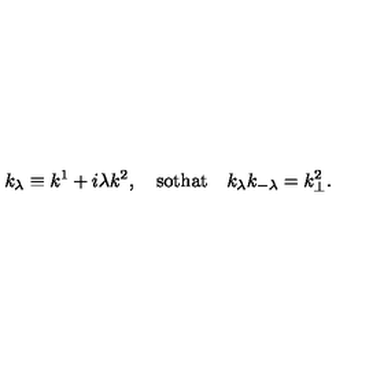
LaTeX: k _ { \lambda } \equiv k ^ { 1 } + i \lambda k ^ { 2 } , \quad \mathrm { s o t h a t } \quad k _ { \lambda } k _ { - \lambda } = k _ { \perp } ^ { 2 } .